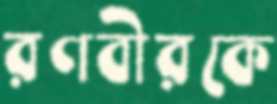
রণবীরকে